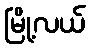
မြို့လယ်